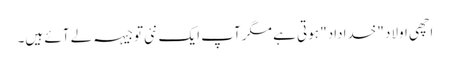
اچھی اولاد "خداداد" ہوتی ہے مگر آپ ایک نئی توجیہہ لے آئے ہیں۔